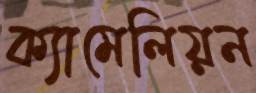
ক্যামেলিয়ন